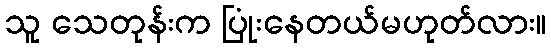
သူ သေတုန်းက ပြုံးနေတယ်မဟုတ်လား။